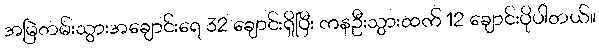
အမြဲတမ်းသွားအချောင်းရေ 32 ချောင်းရှိပြီး ကနဦးသွားထက် 12 ချောင်းပိုပါတယ်။